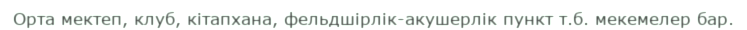
Орта мектеп, клуб, кітапхана, фельдшірлік-акушерлік пункт т.б. мекемелер бар.